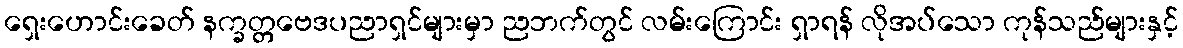
ရှေးဟောင်းခေတ် နက္ခတ္တဗေဒပညာရှင်များမှာ ညဘက်တွင် လမ်းကြောင်း ရှာရန် လိုအပ်သော ကုန်သည်များနှင့်